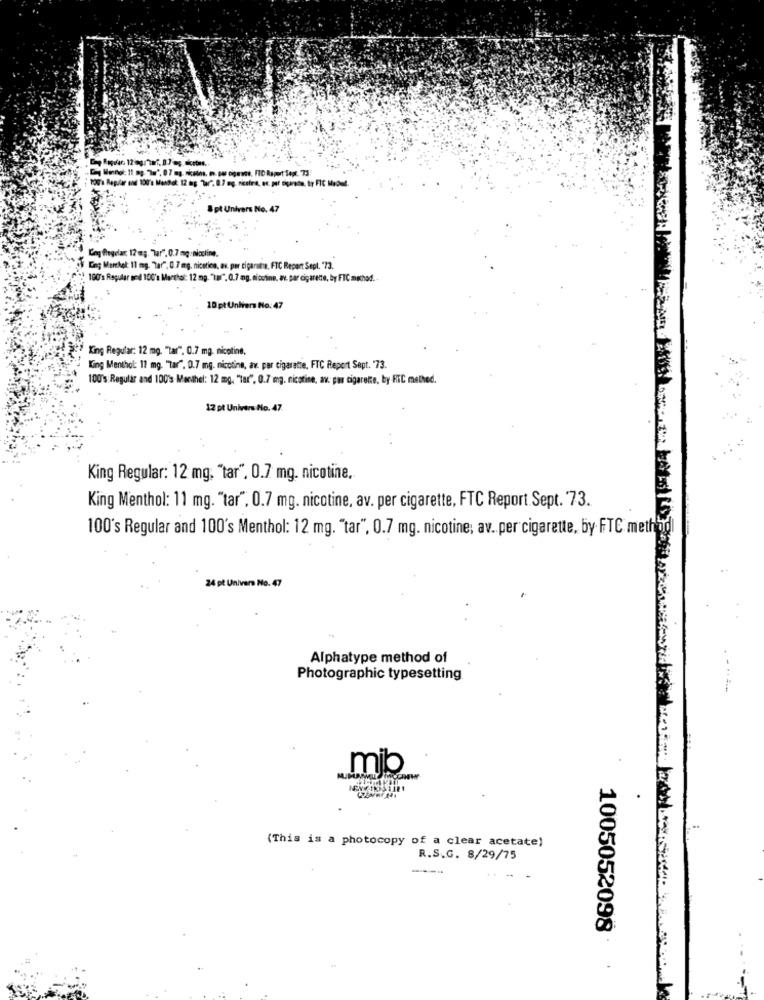
8 pt Univers No. 47
Log flagelar: 17 mg. Tar". 0.7 mg:nicoline.
Eng Merchel: 11 mg. Tar", 0.7 mg. nicotine, av. per cigaruta. FTC Report Sepl. 73.
100's Regular and 100's Marthol: 12 mg. "Tar", 0.7 mg. nicotine, av. par cigarette, by FTC method ..
10 pt Untiers No: 47
King Regular: 12 mg. "tar", 0.7 mg. nicotine,
King Menthol: 17 mg. "Tar". 0.7 mg. nicotine, av. per cigarette, FTC Report Sept. 73.
100's Regular and 100's Menthel: 12 mg. "Tar", 0.7 mg. nicotine, av. par cigarette, by RIC method.
12 pt Univers No. 47.
King Regular: 12 mg. "tar". 0.7 mg. nicotine.
King Menthol: 11 mg. "tar", 0.7 mg. nicotine, av. per cigarette, FTC Report. Sept. 73.
100's Regular and 100's Menthol: 12 mg. "tar", 0.7 mg. nicotine; av .. per cigarette, by FTC method
24 pt Univers No. 47
Alphatype method of
Photographic typesetting
mib
(This is a photocopy of a clear acetate)
R.S.G. 8/29/75
1005052098